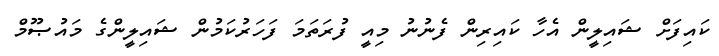
ކައިފަށް ޝައިލީން އެހާ ކައިރިން ފެނުނު މިއީ ފުރަތަމަ ފަހަރުކަމުން ޝައިލީންގެ މައުޞޫމް